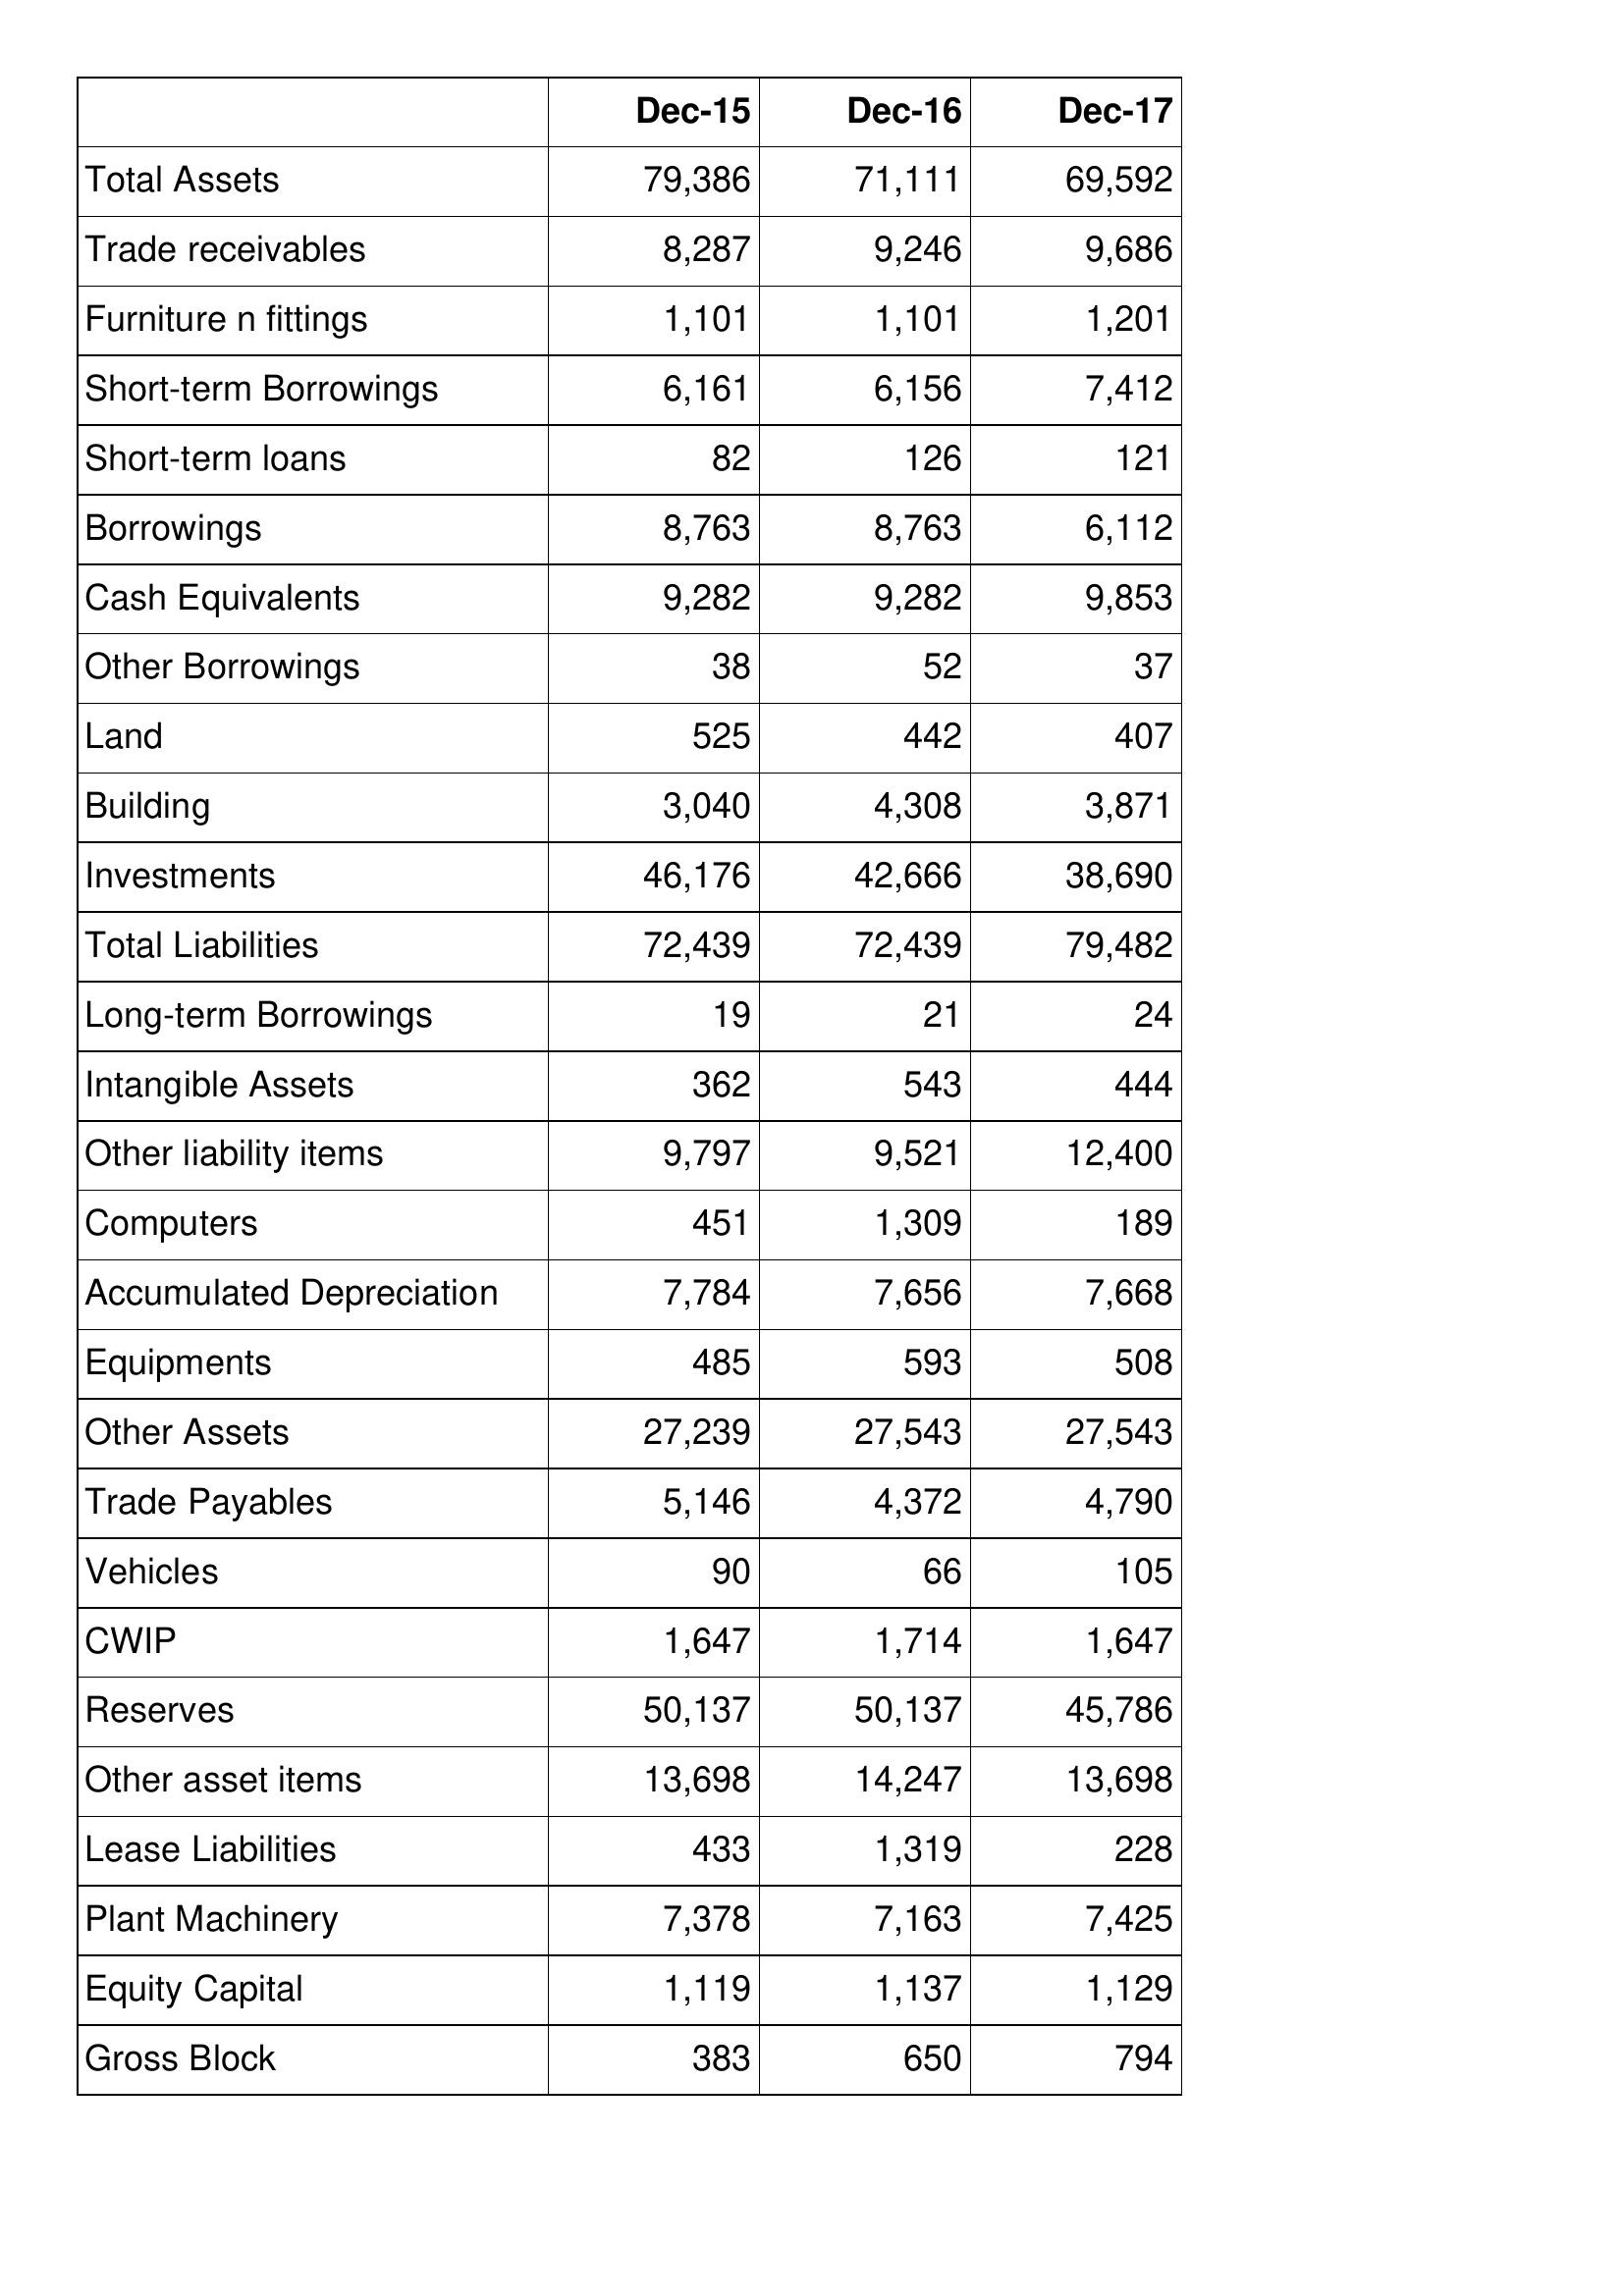
Dec-15: Balance Sheet: Total Assets: 79,386
Trade receivables: 8,287
Furniture n fittings: 1,101
Short-term Borrowings: 6,161
Short-term loans: 82
Borrowings: 8,763
Cash Equivalents: 9,282
Other Borrowings: 38
Land: 525
Building: 3,040
Investments: 46,176
Total Liabilities: 72,439
Long-term Borrowings: 19
Intangible Assets: 362
Other liability items: 9,797
Computers: 451
Accumulated Depreciation: 7,784
Equipments: 485
Other Assets: 27,239
Trade Payables: 5,146
Vehicles: 90
CWIP: 1,647
Reserves: 50,137
Other asset items: 13,698
Lease Liabilities: 433
Plant Machinery: 7,378
Equity Capital: 1,119
Gross Block: 383
Dec-16: Balance Sheet: Total Assets: 71,111
Trade receivables: 9,246
Furniture n fittings: 1,101
Short-term Borrowings: 6,156
Short-term loans: 126
Borrowings: 8,763
Cash Equivalents: 9,282
Other Borrowings: 52
Land: 442
Building: 4,308
Investments: 42,666
Total Liabilities: 72,439
Long-term Borrowings: 21
Intangible Assets: 543
Other liability items: 9,521
Computers: 1,309
Accumulated Depreciation: 7,656
Equipments: 593
Other Assets: 27,543
Trade Payables: 4,372
Vehicles: 66
CWIP: 1,714
Reserves: 50,137
Other asset items: 14,247
Lease Liabilities: 1,319
Plant Machinery: 7,163
Equity Capital: 1,137
Gross Block: 650
Dec-17: Balance Sheet: Total Assets: 69,592
Trade receivables: 9,686
Furniture n fittings: 1,201
Short-term Borrowings: 7,412
Short-term loans: 121
Borrowings: 6,112
Cash Equivalents: 9,853
Other Borrowings: 37
Land: 407
Building: 3,871
Investments: 38,690
Total Liabilities: 79,482
Long-term Borrowings: 24
Intangible Assets: 444
Other liability items: 12,400
Computers: 189
Accumulated Depreciation: 7,668
Equipments: 508
Other Assets: 27,543
Trade Payables: 4,790
Vehicles: 105
CWIP: 1,647
Reserves: 45,786
Other asset items: 13,698
Lease Liabilities: 228
Plant Machinery: 7,425
Equity Capital: 1,129
Gross Block: 794